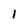
Character: 1